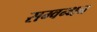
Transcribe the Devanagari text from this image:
सम्वन्धन